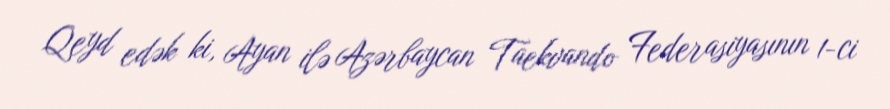
Qeyd edək ki, Ayan ilə Azərbaycan Taekvando Federasiyasının 1-ci